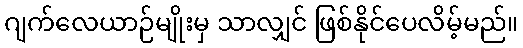
ဂျက်လေယာဉ်မျိုးမှ သာလျှင် ဖြစ်နိုင်ပေလိမ့်မည်။